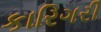
કારિગરી